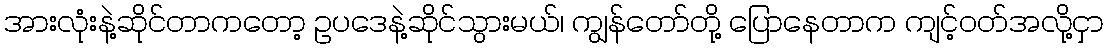
အားလုံးနဲ့ဆိုင်တာကတော့ ဥပဒေနဲ့ဆိုင်သွားမယ်၊ ကျွန်တော်တို့ ပြောနေတာက ကျင့်ဝတ်အလို့ငှာ